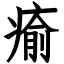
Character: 瘉